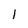
Character: l